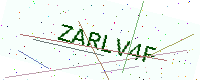
Text: ZARLV4F